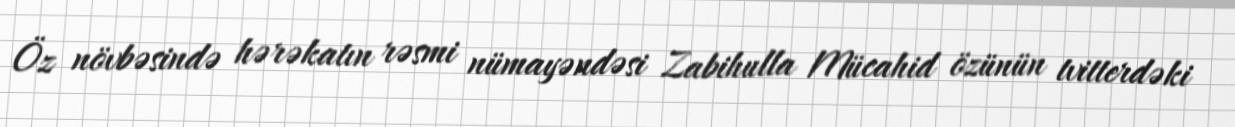
Öz növbəsində hərəkatın rəsmi nümayəndəsi Zabihulla Mücahid özünün tvitterdəki